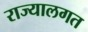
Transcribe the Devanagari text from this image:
राज्यालगत